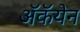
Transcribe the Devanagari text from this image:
अॅकॅयेन